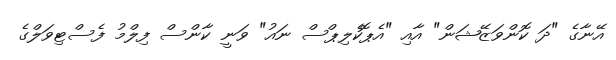
އޭނާގެ "ދަ ކޮންވަޒޭޝަން" އާއި "އެޕޮކެލިޕްސް ނައު" ވަނީ ކާންސް ފިލްމު ފެސްޓިވަލްގެ